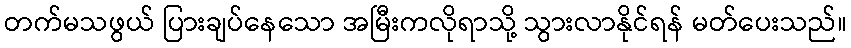
တက်မသဖွယ် ပြားချပ်နေသော အမြီးကလိုရာသို့ သွားလာနိုင်ရန် မတ်ပေးသည်။